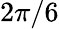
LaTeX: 2\pi/6